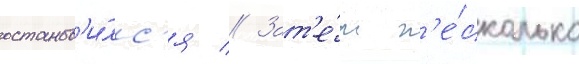
останов'и́лс'я // Зат'е́м н'е́сколько